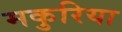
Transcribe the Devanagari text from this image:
मकुरिया